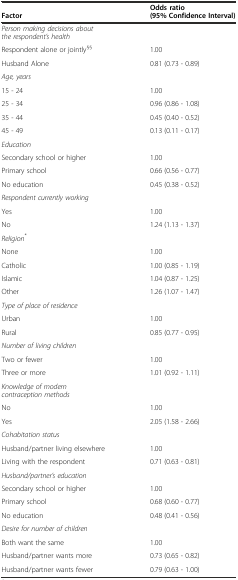
| Factor | Odds ratio (95% Confidence Interval) |
 | --- | --- |
 | Person making decisions about the respondent’s health |  |
 | Respondent alone or jointly§§ | 1.00 |
 | Husband Alone | 0.81 (0.73 - 0.89) |
 | Age, years |  |
 | 15 - 24 | 1.00 |
 | 25 - 34 | 0.96 (0.86 - 1.08) |
 | 35 - 44 | 0.45 (0.40 - 0.52) |
 | 45 - 49 | 0.13 (0.11 - 0.17) |
 | Education |  |
 | Secondary school or higher | 1.00 |
 | Primary school | 0.66 (0.56 - 0.77) |
 | No education | 0.45 (0.38 - 0.52) |
 | Respondent currently working |  |
 | Yes | 1.00 |
 | No | 1.24 (1.13 - 1.37) |
 | Religion* |  |
 | None | 1.00 |
 | Catholic | 1.00 (0.85 - 1.19) |
 | Islamic | 1.04 (0.87 - 1.25) |
 | Other | 1.26 (1.07 - 1.47) |
 | Type of place of residence |  |
 | Urban | 1.00 |
 | Rural | 0.85 (0.77 - 0.95) |
 | Number of living children |  |
 | Two or fewer | 1.00 |
 | Three or more | 1.01 (0.92 - 1.11) |
 | Knowledge of modern contraception methods |  |
 | No | 1.00 |
 | Yes | 2.05 (1.58 - 2.66) |
 | Cohabitation status |  |
 | Husband/partner living elsewhere | 1.00 |
 | Living with the respondent | 0.71 (0.63 - 0.81) |
 | Husband/partner’s education |  |
 | Secondary school or higher | 1.00 |
 | Primary school | 0.68 (0.60 - 0.77) |
 | No education | 0.48 (0.41 - 0.56) |
 | Desire for number of children |  |
 | Both want the same | 1.00 |
 | Husband/partner wants more | 0.73 (0.65 - 0.82) |
 | Husband/partner wants fewer | 0.79 (0.63 - 1.00) |